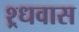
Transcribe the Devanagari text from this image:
श्र्धवास